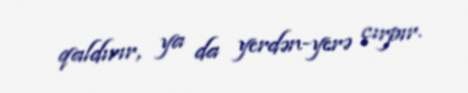
qaldırır, ya da yerdən-yerə çırpır.